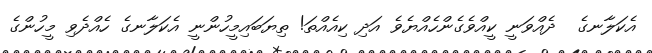
އެކަލާނގެ  ދެއްވަނީ ކީއްވެގެންހެއްޔެވެ އަދި ކިއެއްތަ! ތިޔަބައިމީހުންނީ އެކަލާނގެ ހެއްދެވި މީހުންގެ